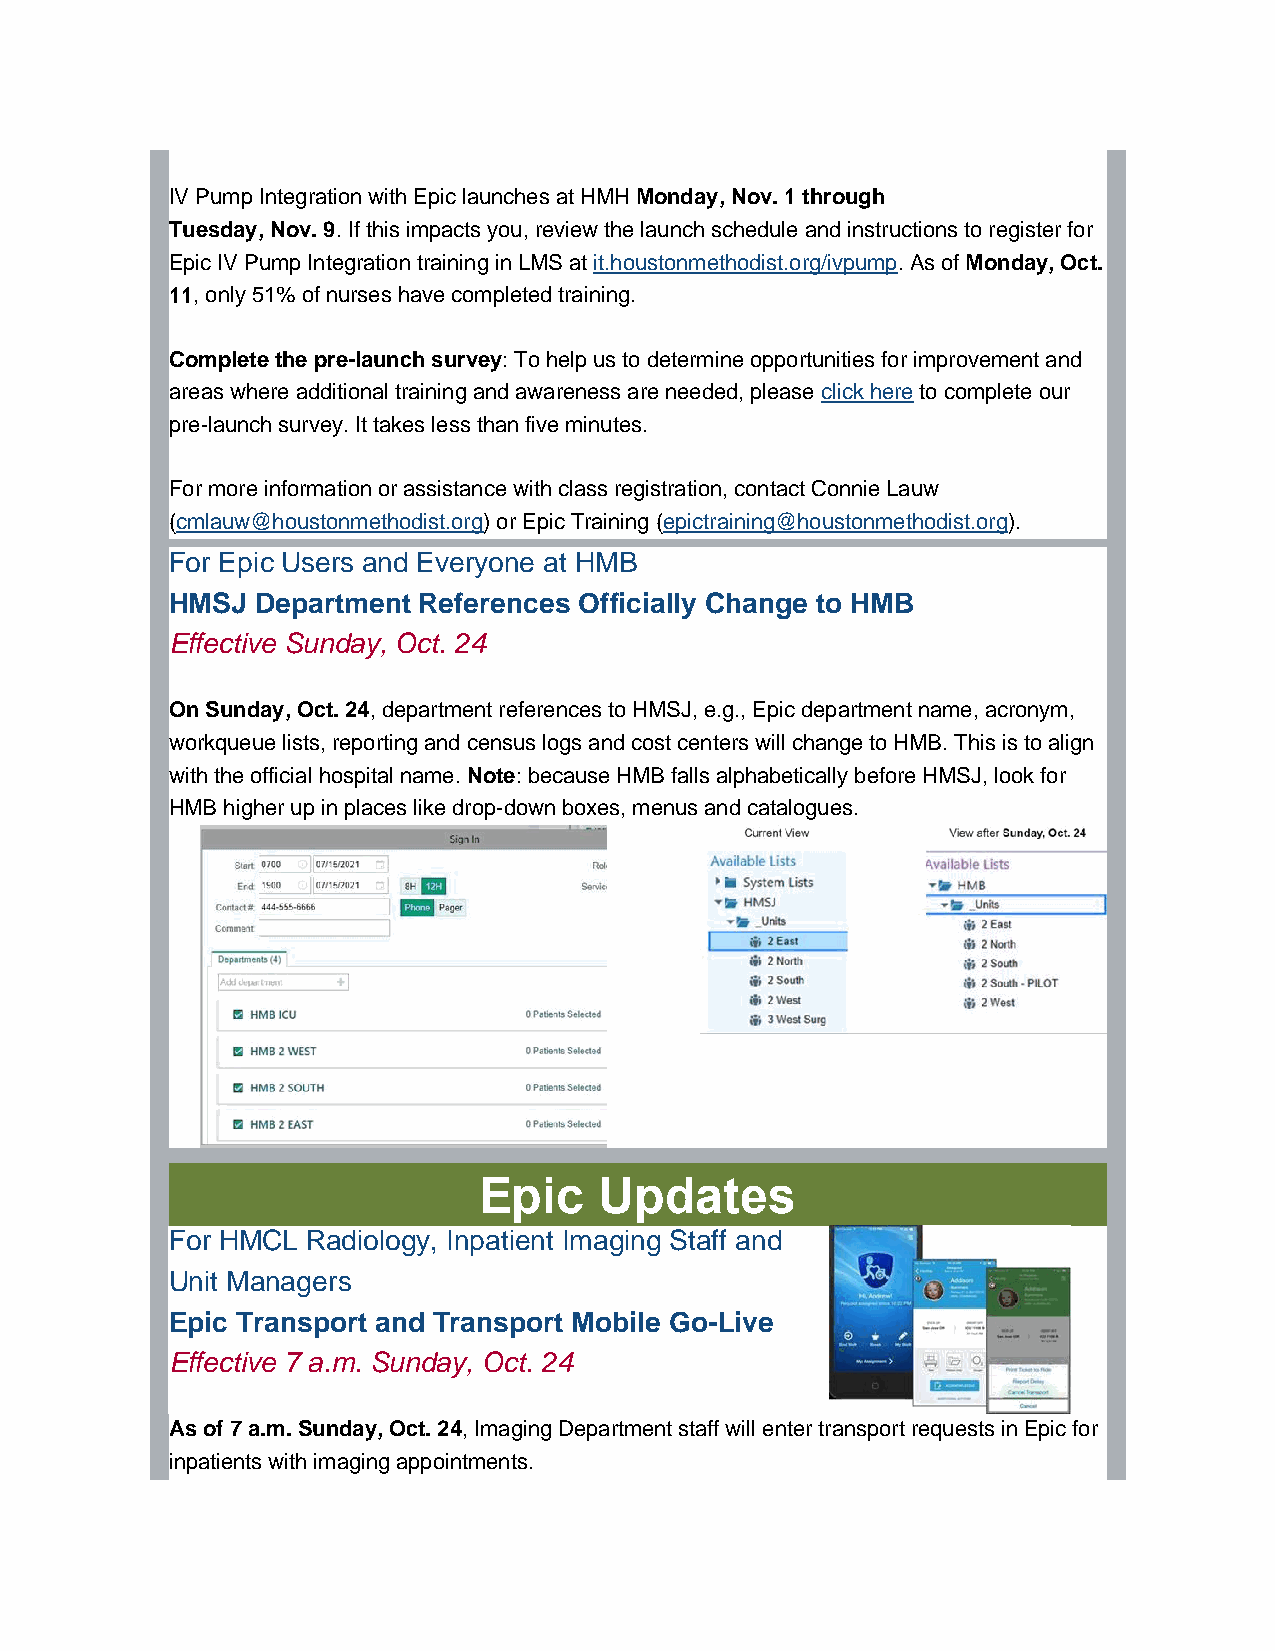
IV Pump Integration with Epic launches at HMH Monday, Nov. 1 through
 Tuesday, Nov. 9. If this impacts you, review the launch schedule and instructions to register for
 Epic IV Pump Integration training in LMS at it.houstonmethodist.org/ivpump. As of Monday, Oct.
 11, only 51% of nurses have completed training.
 Complete the pre-launch survey: To help us to determine opportunities for improvement and
 areas where additional training and awareness are needed, please click here to complete our
 pre-launch survey. It takes less than five minutes.
 For more information or assistance with class registration, contact Connie Lauw
 (cmlauw@houstonmethodist.org) or Epic Training (epictraining@houstonmethodist.org).
 For Epic Users and Everyone at HMB
 HMSJ  Department References Officially Change to HMB
 Effective Sunday, Oct. 24
 On Sunday, Oct. 24, department references to HMSJ, e.g., Epic department name, acronym,
 workqueue lists, reporting and census logs and cost centers will change to HMB. This is to align
 with the official hospital name. Note: because HMB falls alphabetically before HMSJ, look for
 HMB higher up in places like drop-down boxes, menus and catalogues.
 Epic    Updates
 For HMCL Radiology, Inpatient Imaging Staff and
 Unit Managers
 Epic Transport and Transport Mobile Go-Live
 Effective 7 a.m. Sunday, Oct. 24
 As of 7 a.m. Sunday, Oct. 24, Imaging Department staff will enter transport requests in Epic for
 inpatients with imaging appointments.